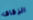
الزقاق